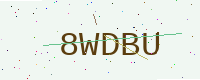
Text: 8WDBU